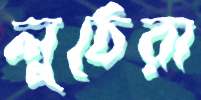
লুঠেরা